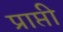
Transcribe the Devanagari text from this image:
प्राप्ती